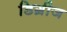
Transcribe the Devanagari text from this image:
डिग्रीज